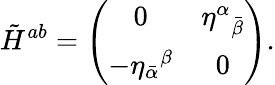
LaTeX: \tilde{H}^{ab}=\left(\begin{array}{cc}{{0}}&{{{\eta^{\alpha}}_{\bar{\beta}}}}\\ {{-{\eta_{\bar{\alpha}}}^{\beta}}}&{{0}}\end{array}\right).